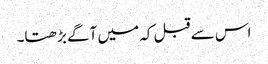
اس سے قبل کہ میں آگے بڑھتا۔